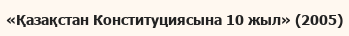
«Қазақстан Конституциясына 10 жыл» (2005)